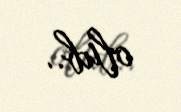
olub..